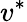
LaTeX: v^{\ast}